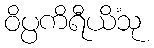
ဝိပ္ပကိရီယိံသု